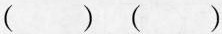
()()